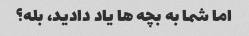
اما شما به بچه ها یاد دادید، بله؟